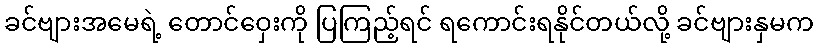
ခင်ဗျားအမေရဲ့ တောင်ဝှေးကို ပြကြည့်ရင် ရကောင်းရနိုင်တယ်လို့ ခင်ဗျားနှမက